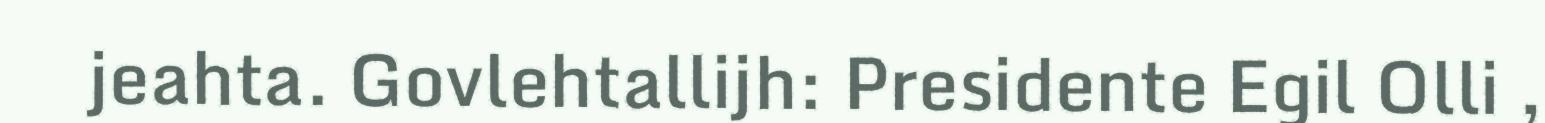
jeahta. Govlehtallijh: Presidente Egil Olli ,